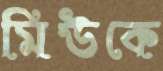
মিউকে